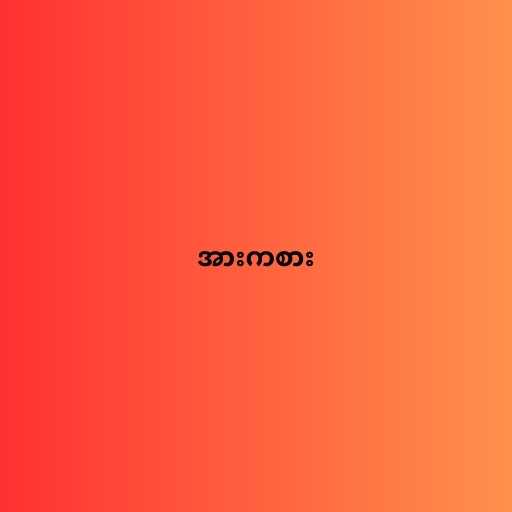
အားကစား